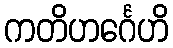
ကတိဟင်္ဂေဟိ